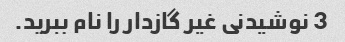
3 نوشیدنی غیر گازدار را نام ببرید.